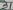
Text: 31